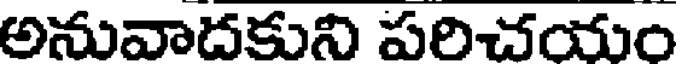
అనువాదకుని పరిచయం